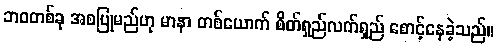
ဘဝတစ်ခု အစပြုမည်ဟု မာနာ တစ်ယောက် စိတ်ရှည်လက်ရှည် စောင့်နေခဲ့သည်။